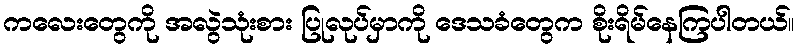
ကလေးတွေကို အလွဲသုံးစား ပြုလုပ်မှာကို ဒေသခံတွေက စိုးရိမ်နေကြပါတယ်။